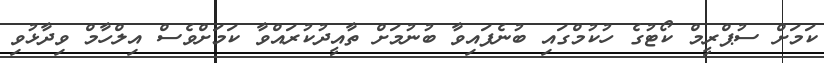
ކަމަށް ސުޕްރީމް ކޯޓުގެ ހުކުމްގައި ބުނެފައިވާ ބުނުމަށް ތާއީދުކުރައްވާ ކަމަށްވެސް އިލްހާމް ވިދާޅުވި